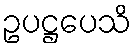
ဥပဋ္ဌပေသိ